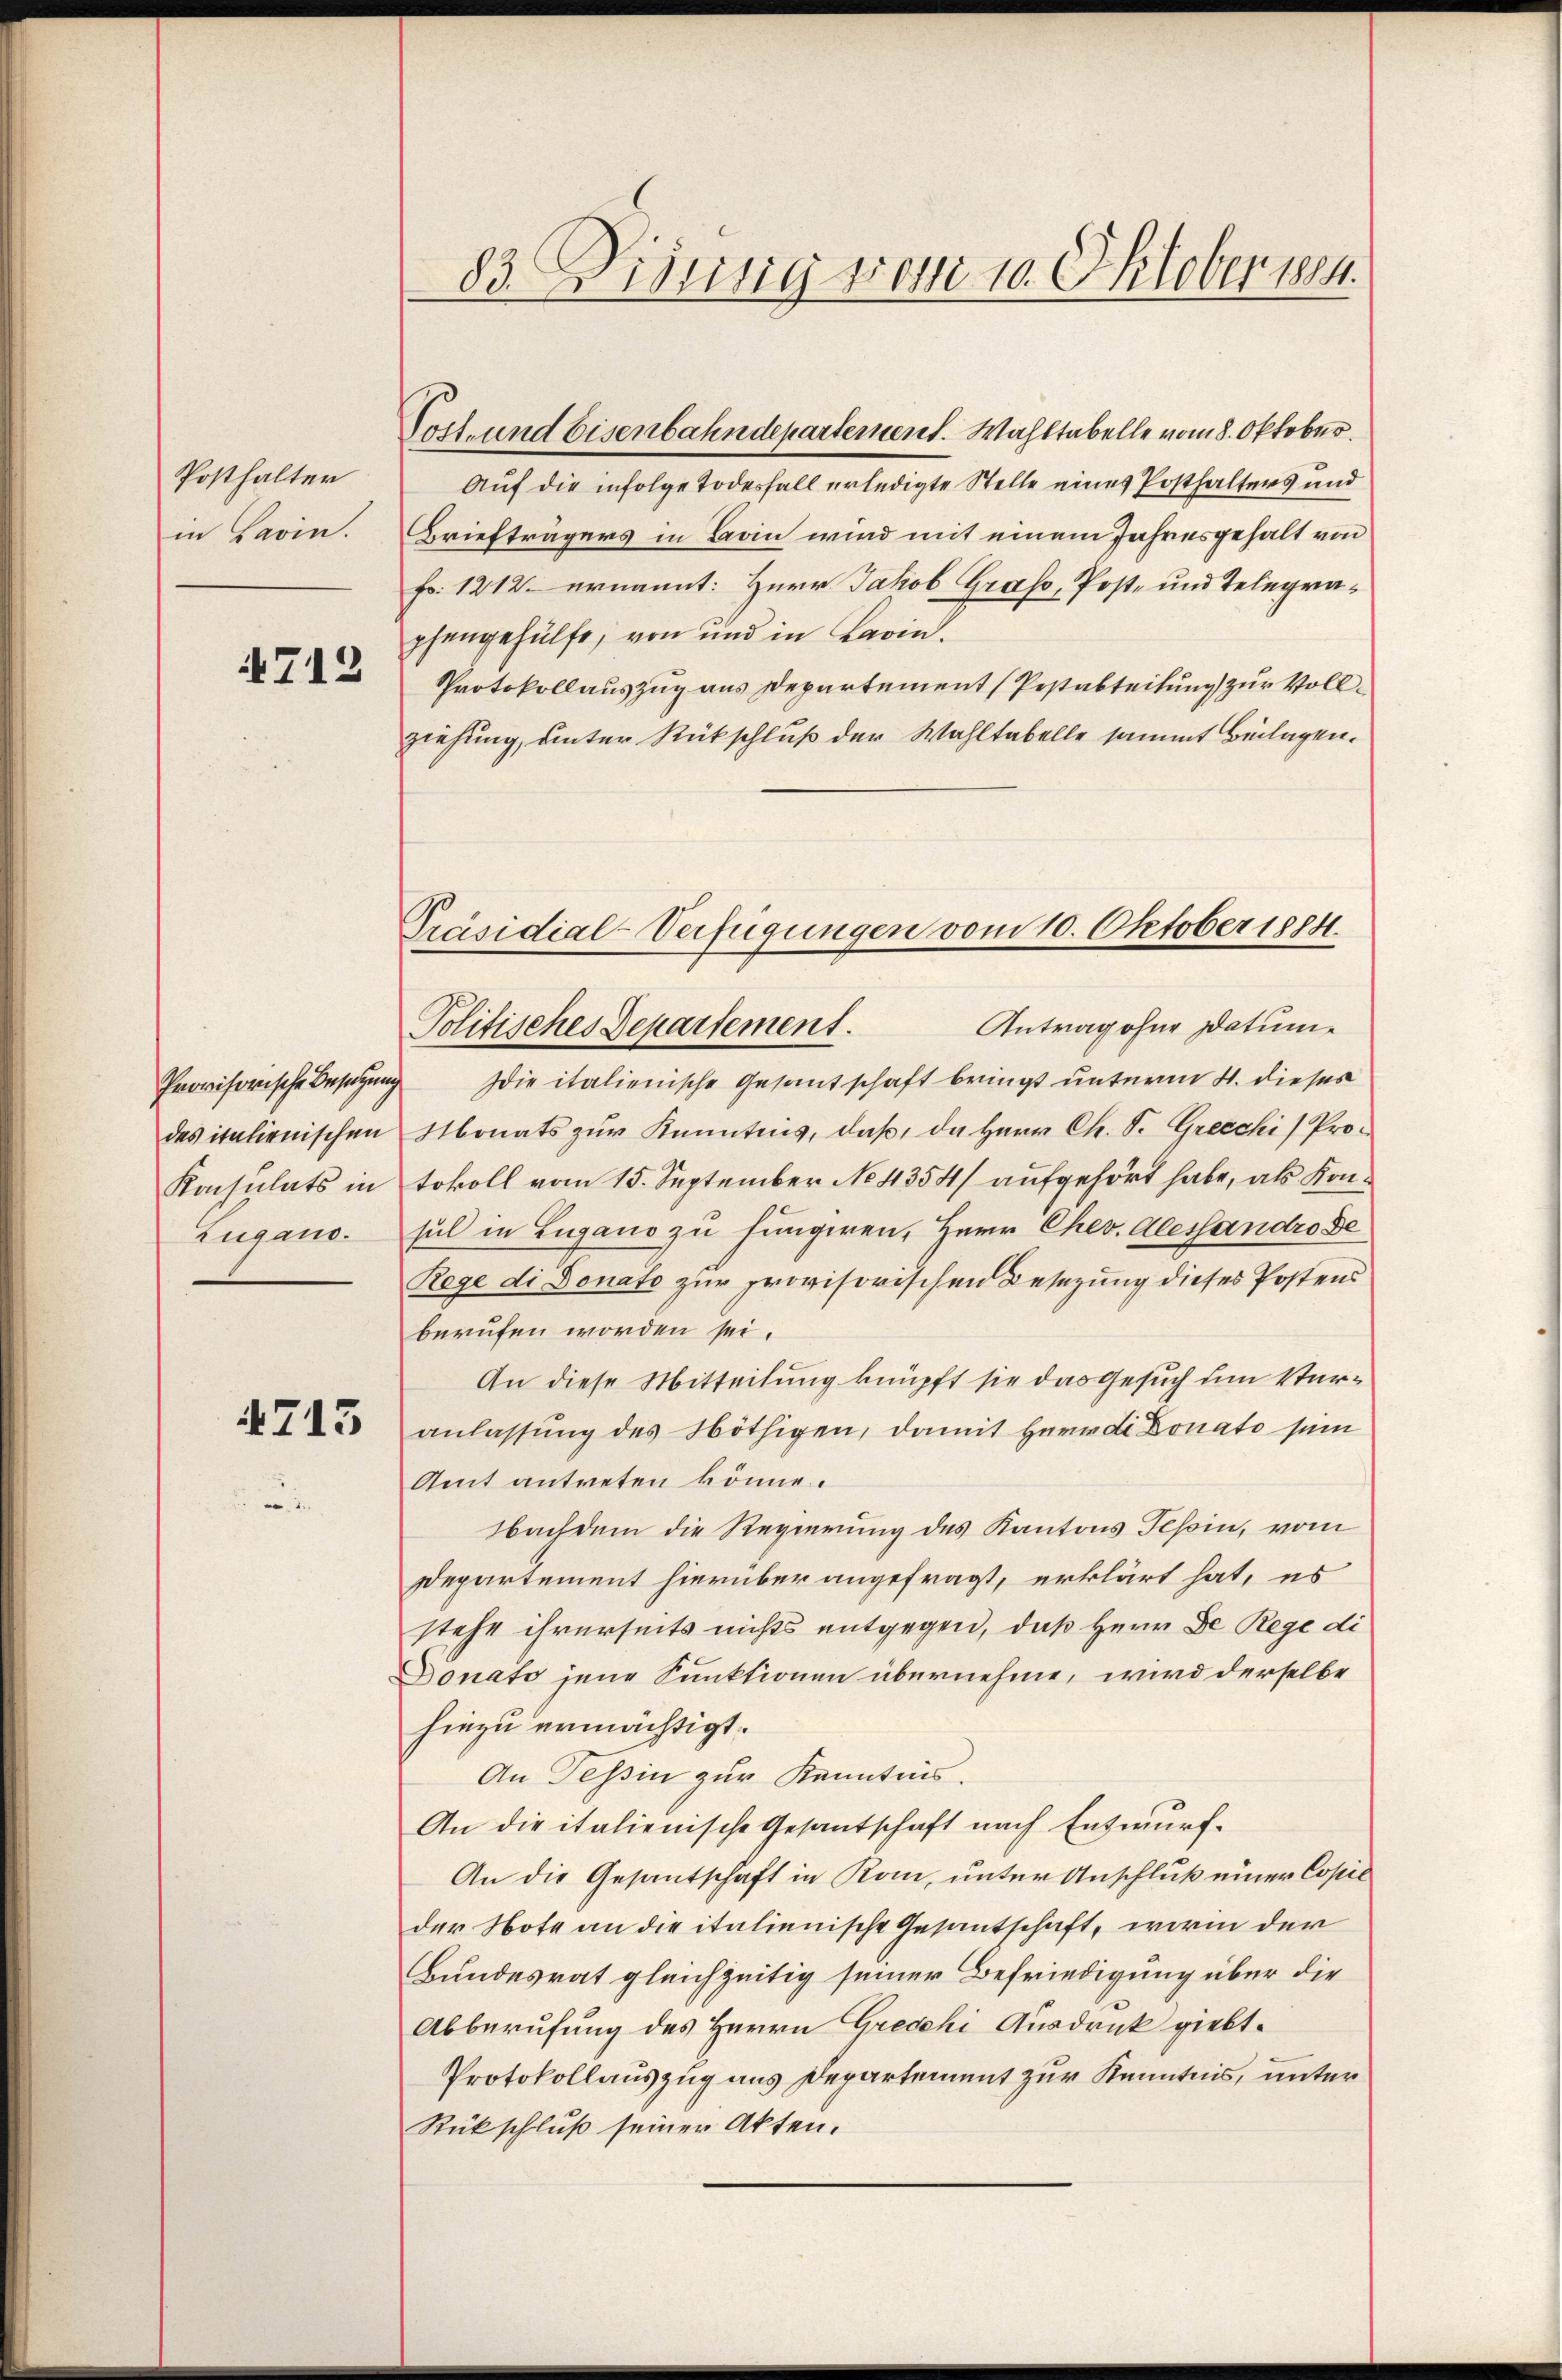
Posthalter
in Lavin.

4713

Zugano.

4713

Auf die infolge Todesfall erledigte Stelle eines Posthalters und
Briefträgers in Barin wird mit einem Jahresgehalt von
Fr. 1212 ernannt: Herr Jakob Grass, Post- und Telegraphengehülfe, von und in Lavin.
Protokollauszug aus Departement Pestabteilung zur Vollziehung, unter Rückschluß der Wahltabelle sammt Beilagen.

83. Disssig vom 19. Oktober 184.

Tost- und Eisenbahndepartement. Wahltabelle vom 8. Oktober.

Präsidial-Verfügungen vom 10. Oktober 1884.
Antrag ohne Datume
Politisches Departement.

Provisorische Besitzung die italienische Gesamtschaft bringt unterm 4. dieses
des italienischen Monats zur Kenntnis, daß, da Herr Ch. S. Grecchi, Pro¬
Konsulats in tokoll vom 15. September No 4354/ aufgehört habe, als Konsul in Lugano zu fungiren, Herr Chev. Alessandro De
Rege di Donato zur provisorischen Besizung dieses Postens
berufen worden sei.
An diese Mitteilung knüpft sie das Gesuch um Veranlassung des Nöthigen, damit Herrdi Donato sein
Amt antreten könne.
Nachdem die Regierung des Kantons Tessin, vom
Departement hierüber angefragt, erklärt hat, es
stehe ihrerseits nichts entgegen, daß Herr D. Rege di
Donato jene Funktionen übernehme, wird derselbe
hiezu ermächtigt.
An Tessin zur Kenntnis.
An die italienische Gesantschaft nach Entwurf-
An die Gesantschaft in Rom, unter Anschluß einer Copil
der Note an die italienische Gesantschaft, worin der
Bundesrat gleichzeitig seiner Befriedigung über die
Abberufung des Herrn Gredehi Ausdruck giebt.
Protokollauszug aus Departement zur Kenntnis, unter
Rückschluß seiner Akten.